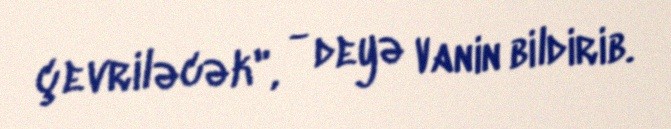
çevriləcək", - deyə Vanin bildirib.